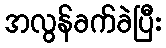
အလွန်ခက်ခဲပြီး